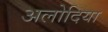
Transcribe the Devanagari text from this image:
अलोदिया